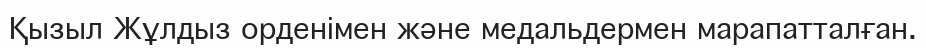
Қызыл Жұлдыз орденімен және медальдермен марапатталған.